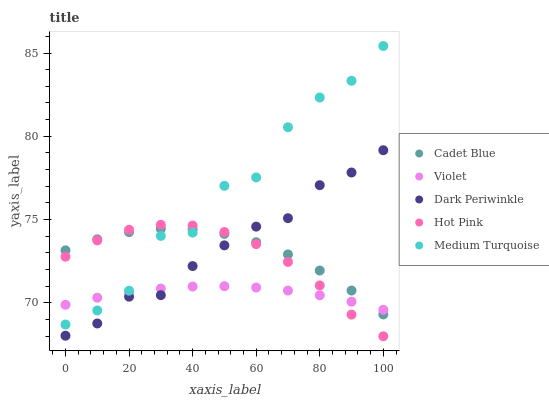
| xaxis_label | Cadet Blue | Violet | Dark Periwinkle | Hot Pink | Medium Turquoise |
 | --- | --- | --- | --- | --- | --- |
 | 0 | 73.2 | 69.9 | 68 | 72.8 | 68.7 |
 | 10 | 73.8 | 70.3 | 68.8 | 73.8 | 69.5 |
 | 20 | 74.3 | 70.6 | 70.4 | 74.4 | 70.7 |
 | 30 | 74.4 | 70.9 | 70.5 | 74.7 | 74 |
 | 40 | 74.4 | 71 | 72.2 | 74.6 | 74.2 |
 | 50 | 74.1 | 71 | 73.5 | 74.3 | 77 |
 | 60 | 73.6 | 70.9 | 74.6 | 73.5 | 77.5 |
 | 70 | 72.9 | 70.7 | 75.1 | 72.5 | 80.5 |
 | 80 | 71.9 | 70.5 | 77.1 | 71.1 | 82.3 |
 | 90 | 70.7 | 70.1 | 77.8 | 69.3 | 83.3 |
 | 100 | 69.3 | 69.6 | 79.2 | 68 | 85.4 |